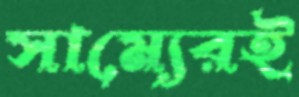
সাম্যেরই